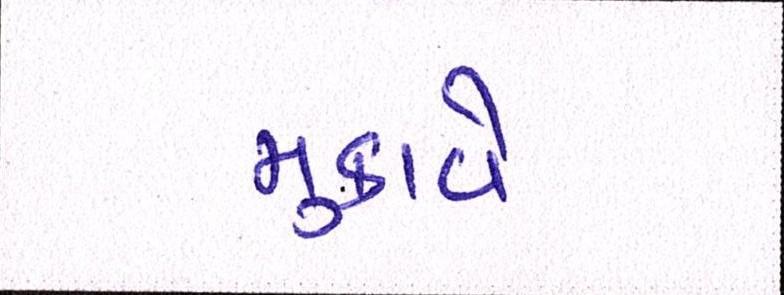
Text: મુકાવે